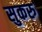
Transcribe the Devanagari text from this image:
सुकरु